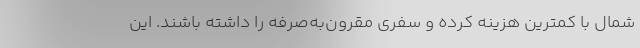
شمال با کمترین هزینه کرده و سفری مقرون‌به‌صرفه را داشته باشند. این